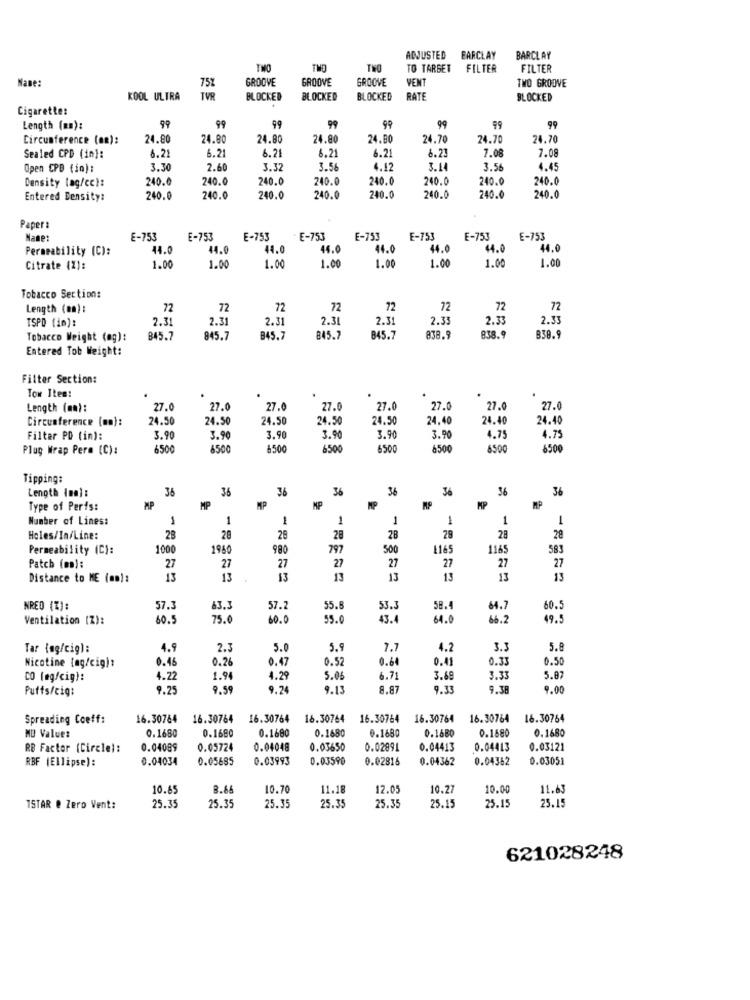
ADJUSTED
BARCLAY
BARCLAY
THO
TVO
THO
TO TARGET
FILTER
FILTER
Name:
GROOVE
GROOVE
GROOVE
VENT
TWO GROOVE
75%
KOOL ULTRA
TVR
BLOCKED
BLOCKED
BLOCKED
RATE
BLOCKED
Cigarette:
99
Length (mm):
99
99
99
99
99
99
99
Circumference (an):
24.80
24.80
24.80
24.80
24.80
24.70
24.70
24.70
6.21
6.21
6.21
6.21
6.21
8.23
7.08
7.08
Sealed CPD (in):
Open CPB (in):
3.30
2.60
3.32
3.5
4.15
3.14
3.5
4.45
240.
240.0
240.0
240.0
240.
240.0
240.
240.0
Density tag/cc):
Entered Density:
240.
240.0
240.0
240.0
240.0
240.0
240.0
240.0
Paper:
Name:
E-753
E-753
E-753
E-753
E-751
E-753
E-753
E-753
Permeability (C):
44.0
44.0
44.0
44.6
44.0
44.
44.0
44.
1.00
1.00
1.00
1.00
1.00
Citrate (%):
1.00
1.00
1.00
Tobacco Section:
Length (mm):
72
72
72
72
72
72
72
72
TSPD (im):
2.31
2.31
2.31
2.31
2.31
2.33
2.33
2.33
Tobacco Weight (og):
845.7
945.7
B45.7
845.7
845.7
838.9
838.9
838.9
Entered Tob Weight:
Filter Section:
Tow Ites:
Length (mn):
27.0
27.0
27.0
27.
27.0
27.
27.0
27.0
Circumference (mn):
24.50
24.50
24.50
24.50
24.50
24.40
24.40
24.40
Filter PD (in):
3.90
3.90
3.90
3.90
3.90
3.90
4.75
4.75
Plug Wrap Perm (C):
6500
8500
6500
6500
6500
6500
6500
6500
Tipping:
Length (na):
36
36
36
36
36
36
36
36
Type of Perfs:
MP
MP
MP
MP
NP
MP
MP
Number of Lines:
1
1
1
1
1
1
1
1
Holes/In/Line:
28
28
29
28
28
29
28
28
Permeability (C):
1000
196
980
797
500
116
1165
583
Patch (m):
27
27
27
27
27
27
27
27
Distance to ME (mm):
13
13
13
13
13
13
13
13
NRED (%):
57.3
63.3
57.2
55.8
53.3
58.4
64.7
60.5
Ventilation (Z):
60.5
75.6
60.0
55.0
43.4
64.0
66.2
49.5
Tar {og/cig):
4.9
2.3
5.0
5.9
7.7
4.2
3.3
5.8
0.46
0.28
0.47
0.52
0.64
0.41
0.33
0.50
Nicotine tag/cig):
CO (eg/cig):
1.22
1.94
4.29
5.06
6.71
3.69
3.33
5.87
Puffs/cig:
9.25
9.59
9.24
9.13
8.87
9.33
9.38
9.00
Spreading Coeff:
16.30784
16.30764
16.30764
16.30764
16.30764
16.30764
16.30764
16.30764
0.1680
0.1680
0.1680
0.1680
0.1680
MU Value:
0.1680
0.1680
0.1680
RB Factor (Circle):
0.04089
0.05724
0.04048
0.03650
0.02891
0.04413
0.04413
0.03121
RBF (Ellipse):
0.04034
0.05685
0.03993
0.03590
0.02816
0.04362
0.04362
0.03051
10.65
8.66
10.70
11.18
12.05
10.27
10.00
11.63
25.35
25.15
ISTAR @ Zero Vent:
25.35
25.35
25.35
25.35
25.15
25.15
621028248